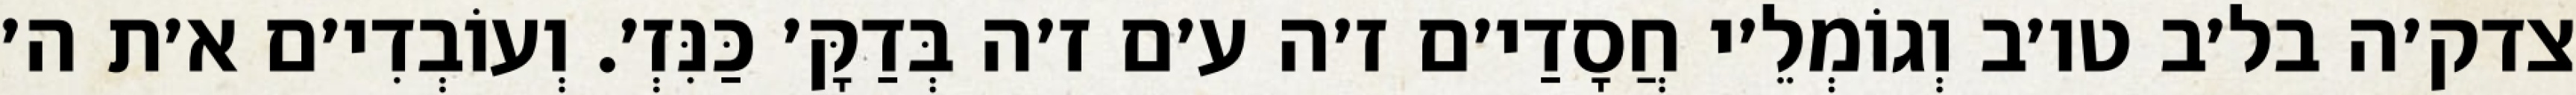
צדק׳ה בל׳ב טו׳ב וְגוֹמְלֵ׳י חֲסָדַי׳ם ז׳ה ע׳ם ז׳ה בְּדַקָּ׳ כַּנִּזְ׳. וְעוֹבְדִי׳ם א׳ת ה׳